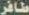
ظافر